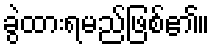
ခွဲထားရမည်ဖြစ်၏။